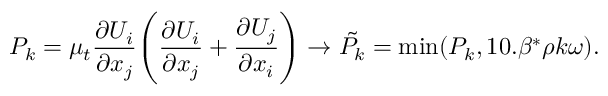
P _ { k } = \mu _ { t } \frac { \partial U _ { i } } { \partial x _ { j } } \Bigg ( \frac { \partial U _ { i } } { \partial x _ { j } } + \frac { \partial U _ { j } } { \partial x _ { i } } \Bigg ) \to \tilde { P _ { k } } = \operatorname* { m i n } ( P _ { k } , 1 0 . \beta ^ { * } \rho k \omega ) .